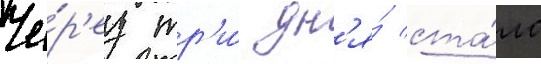
Че́р'ез тр'и́ дн'я́ ста́ло